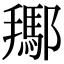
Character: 𨞲